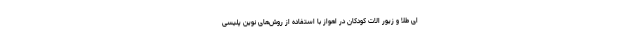
ای طلا و زیور الات کودکان در اهواز با استفاده از روش‌های نوین پلیسی